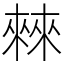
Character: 㯤